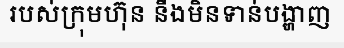
របស់ក្រុមហ៊ុន នឹងមិនទាន់បង្ហាញ